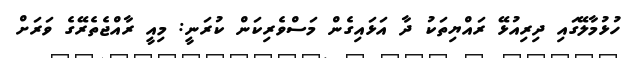
ހުޅުމާލޭގައި ދިރިއުޅޭ ރައްޔިތަކު ދާ އަޅައިގެން މަސްވެރިކަން ކުރަނީ: މިއީ ރާއްޖެތެރޭގެ ވަރަށް